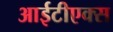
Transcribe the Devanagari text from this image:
आईटीएक्स